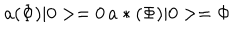
a ( \Phi ) \vert 0 > = 0 \, a * ( \Phi ) \vert 0 > = \Phi